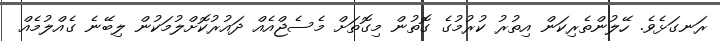
ރަނގަޅެވެ. ހޭލުންތެރިކަން އިތުރު ކުރުމުގެ ގޮތުން މިގޮތަށް މެސެޖްއެއް ދައުރުކޮށްލުމަކުން ލިބޭނެ ގެއްލުމެއް